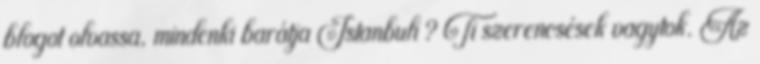
blogot olvassa, mindenki barátja Istanbuli ? Ti szerencsések vagytok. Az